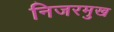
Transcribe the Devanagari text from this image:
निजरमुख